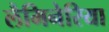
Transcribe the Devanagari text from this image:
लैमिनेरिया